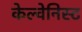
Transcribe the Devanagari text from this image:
केल्वेनिस्ट